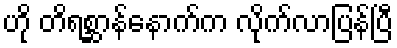
ဟို တိရစ္ဆာန်နောက်က လိုက်လာပြန်ပြီ